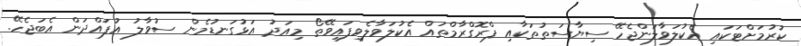
ކުރުމަށްޓަކައި އެކުލަވާލަންޖެހޭ ސިޔާސަތުތަކާއި ޕްރޮގްރާމްތައް އެކުލަވާލެވިފައިވޭތޯ މިއަދު އަޅުގަނޑުމެން ސުވާލު އުފައްދަން އެބަޖެހޭ.